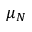
\mu _ { N }